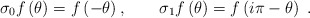
\begin{align*}\sigma _{0}f\left( \theta \right) =f\left( -\theta \right) ,\qquad \sigma_{1}f\left( \theta \right) =f\left( i\pi -\theta \right) ~.\end{align*}